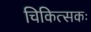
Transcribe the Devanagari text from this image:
चिकित्सकः